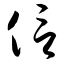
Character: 信